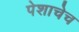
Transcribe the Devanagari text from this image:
पेशाचेच